Report on the treatment of epidemic cholera: from information collected by the governments of Bengal, Madras, Bombay, N.W. Provinces, Punjab, Oudh, and Central India, by order of the Government of India
Disease focus: Cholera
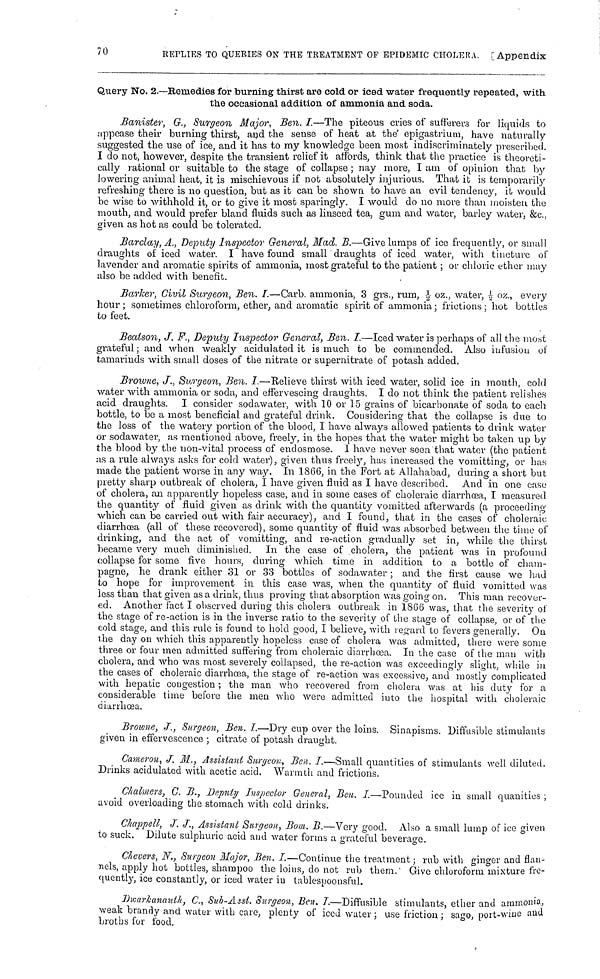
70
REPLIES TO QUERIES ON THE TREATMENT OF EPIDEMIC CHOLERA. [ Appendix
Query No. 2.—Remedies for burning thirst are cold or iced water frequently repeated, with
the occasional addition of ammonia and soda.
Banister, G., Surgeon Major, Ben. I.—The piteous cries of sufferers for liquids to
appease their burning thirst, and the sense of heat at the epigastrium, have naturally
suggested the use of ice, and it has to my knowledge been most indiscriminately prescribed.
I do not, however, despite the transient relief it affords, think that the practice is theoreti-
cally rational or suitable to the stage of collapse ; nay more, I am of opinion that, by
lowering animal heat, it is mischievous if not absolutely injurious. That it is temporarily
refreshing there is no question, but as it can be shown to have an evil tendency, it would
be wise to withhold it, or to give it most sparingly. I would do no more than moisten the
mouth, and would prefer bland fluids such as linseed tea, gum and water, barley water, &c.,
given as hot as could be tolerated.
Barclay, A., Deputy Inspector General, Mad. B.—Give lumps of ice frequently, or small
draughts of iced water. I have found small draughts of iced water, with tincture of
lavender and aromatic spirits of ammonia, most grateful to the patient ; or chloric ether may
also be added with benefit.
Barker, Civil Surgeon, Ben. I.—Carb, ammonia, 3 grs., rum, ½ oz., water, ½ oz., every
hour ; sometimes chloroform, ether, and aromatic spirit of ammonia ; frictions ; hot bottles
to feet.
Beatson, J. F., Deputy Inspector General, Ben. I.—Iced water is perhaps of all the most
grateful ; and when weakly acidulated it is much to be commended. Also infusion of
tamarinds with small doses of the nitrate or supernitrate of potash added.
Browne, J., Surgeon, Ben. I.—Relieve thirst with iced water, solid ice in mouth, cold
water with ammonia or soda, and effervescing draughts. I do not think the patient relishes
acid draughts. I consider sodawater, with 10 or 15 grains of bicarbonate of soda to each
bottle, to be a most beneficial and grateful drink. Considering that the collapse is due to
the loss of the watery portion of the blood, I have always allowed patients to drink water
or sodawater. as mentioned above, freely, in the hopes that the water might be taken up by
the blood by the non-vital process of endosmose. I have never seen that water (the patient
as a rule always asks for cold water), given thus freely, has increased the vomitting, or has
made the patient worse in any way. In 1866, in the Fort at Allahabad, during a short but
pretty sharp outbreak of cholera, I have given fluid as I have described. And in one case
of cholera, an apparently hopeless case, and in some cases of choleraic diarrhœa, I measured
the quantity of fluid given as drink with the quantity vomitted afterwards (a proceeding
which can be carried out with fair accuracy), and I found, that in the cases of choleraic
diarrhœa (all of these recovered), some quantity of fluid was absorbed between the time of
drinking, and the act of vomitting, and re-action gradually set in, while the thirst
became very much diminished. In the case of cholera, the patient was in profound
collapse for some five hours, during which time in addition to a bottle of cham-
pagne, he drank either 31 or 33 bottles of sodawater ; and the first cause we had
to hope for improvement in this case was, when the quantity of fluid vomitted was
less than that given as a drink, thus proving that absorption was going on. This man recover-
ed. Another fact I observed during this cholera outbreak in 1866 was, that the severity of
the stage of re-action is in the inverse ratio to the severity of the stage of collapse, or of the
cold stage, and this rule is found to hold good, I believe, with regard to fevers generally. On
the day on which this apparently hopeless case of cholera was admitted, there were some
three or four men admitted suffering from choleraic diarrhoea. In the case of the man with
cholera, and who was most severely collapsed, the re-action was exceedingly slight, while in
the cases of choleraic diarrhoea, the stage of re-action was excessive, and mostly complicated
with hepatic congestion ; the man who recovered from cholera was at his duty for a
considerable time before the men who were admitted into the hospital with choleraic
diarrhoea.
Browne, J., Surgeon, Ben. I.—Dry cup over the loins. Sinapisms. Diffusible stimulants
given in effervescence ; citrate of potash draught.
Cameron, J. M., Assistant Surgeon, Ben. I.—Small quantities of stimulants well diluted.
Drinks acidulated with acetic acid. Warmth and frictions.
Chalmers, C. B., Deputy Inspector General, Ben. I.—Pounded ice in small quanities ;
avoid overloading the stomach with cold drinks.
Chappell, J. J., Assistant Surgeon, Bom. B.—Very good. Also a small lump of ice given
to suck. Dilute sulphuric acid and water forms a grateful beverage.
Chevers, N., Surgeon Major, Ben. I.—Continue the treatment. ; rub with ginger and flan-
nels, apply hot bottles, shampoo the loins, do not rub them. Give chloroform mixture fre-
quently, ice constantly, or iced water in tablespoousful.
Dwsarkanuth, C., Sub-Asst. Surgeon, Ben. I.—Diffusible stimulants, ether and ammonia,
weak brandy and water with care, plenty of iced water ; use friction ; sago, port-wine and
broths for food.